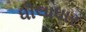
ધૌલાધાર